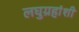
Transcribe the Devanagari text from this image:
लघुग्रहांशी